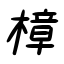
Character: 樟